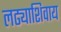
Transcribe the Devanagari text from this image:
लढ्याशिवाय